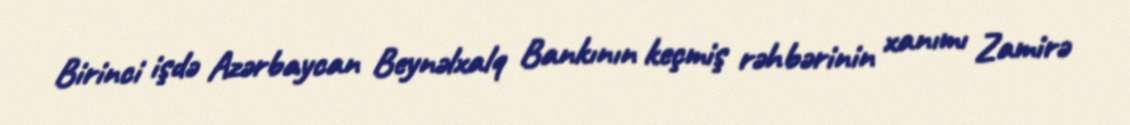
Birinci işdə Azərbaycan Beynəlxalq Bankının keçmiş rəhbərinin xanımı Zamirə